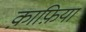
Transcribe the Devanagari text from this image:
क़ाफ़िया